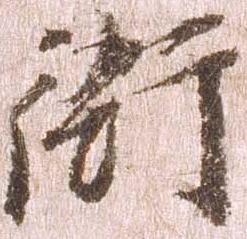
衙